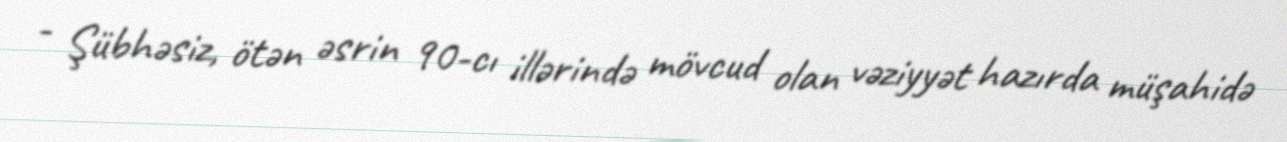
- Şübhəsiz, ötən əsrin 90-cı illərində mövcud olan vəziyyət hazırda müşahidə